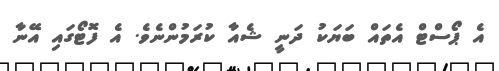
އެ ޕޯސްޓް އެތައް ބަޔަކު ދަނީ ޝެއާ ކުރަމުންނެވެ. އެ ފޮޓޯގައި އޭނާ